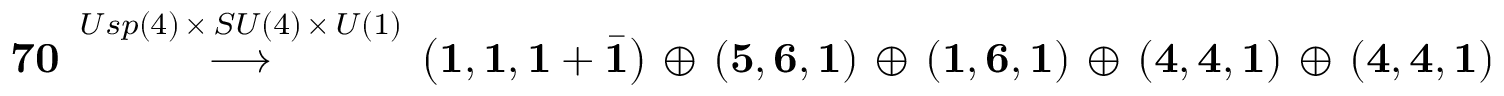
{ \bf 7 0 } \, \stackrel { U s p ( 4 ) \, \times \, S U ( 4 ) \, \times \, U ( 1 ) } { \longrightarrow } \, \left( { \bf 1 } , { \bf 1 } , { \bf 1 } + { \bar { \bf 1 } } \right) \, \oplus \, \left( { \bf 5 } , { \bf 6 } , { \bf 1 } \right) \, \oplus \, \left( { \bf 1 } , { \bf 6 } , { \bf 1 } \right) \, \oplus \, \left( { \bf 4 } , { \bf 4 } , { \bf 1 } \right) \, \oplus \, \left( { \bf 4 } , { \bf 4 } , { \bf 1 } \right)